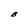
Character: B